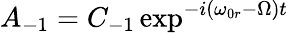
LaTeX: A_{-1}=C_{-1}\exp^{-i(\omega_{0r}-\Omega)t}